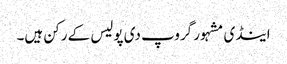
اینڈی مشہور گروپ دی پولیس کے رکن ہیں۔